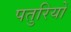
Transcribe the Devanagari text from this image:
पतुरियों